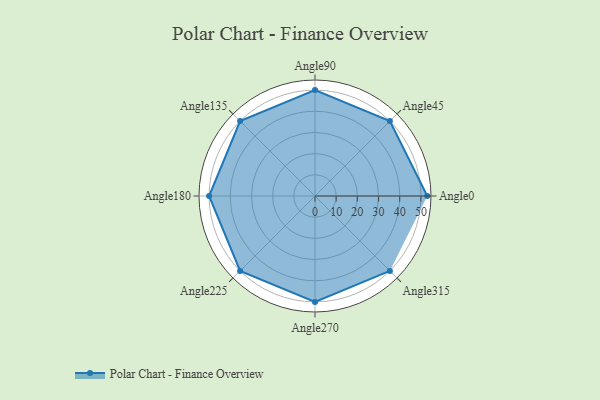
{"axis": {"x": "Angle", "y": "Radius"}, "legend": [""], "data": [{"x": "Angle0", "y": 53.0, "type": ""}, {"x": "Angle45", "y": 50, "type": ""}, {"x": "Angle90", "y": 50, "type": ""}, {"x": "Angle135", "y": 50, "type": ""}, {"x": "Angle180", "y": 50, "type": ""}, {"x": "Angle225", "y": 50, "type": ""}, {"x": "Angle270", "y": 50, "type": ""}, {"x": "Angle315", "y": 50, "type": ""}]}